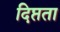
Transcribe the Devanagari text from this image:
दिप्तता